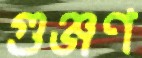
গুঞ্জণ